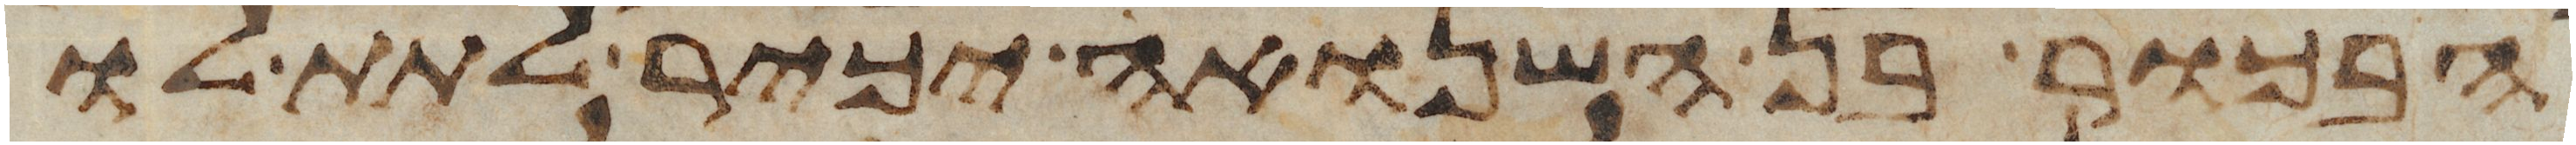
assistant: הבכור בן השנואה יכיר לתת לו